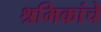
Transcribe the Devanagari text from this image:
श्रमिकांचे